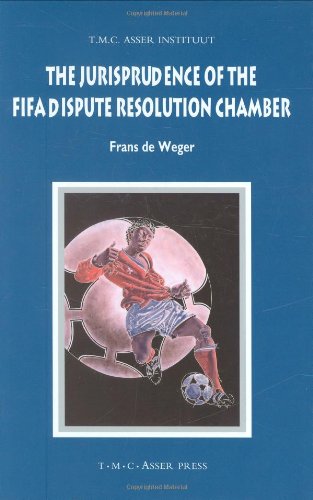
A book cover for The Jurisprudence of the FIFA Dispute Resolution Chamber (ASSER International Sports Law Series); Frans de Weger; Law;